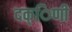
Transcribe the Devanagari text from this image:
दक्िणी